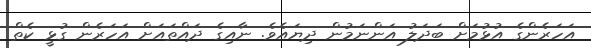
އަހަރެންގެ އުޅުމަށް ބަދަލު އަންނަމުން ދިޔައެވެ. ނާއިގެ ދައްތައަށް އަހަރެން ގުޅީ ކެތް